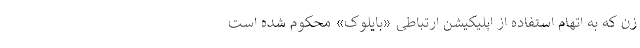
زن که به اتهام استفاده از اپلیکیشن ارتباطی «بایلوک» محکوم شده است